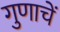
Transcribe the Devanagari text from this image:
गुणाचें